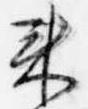
来